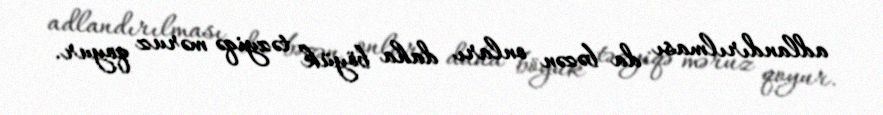
adlandırılması da bəzən onları daha böyük təzyiqə məruz qoyur.